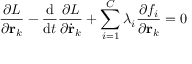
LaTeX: { \frac { \partial L } { \partial \mathbf { r } _ { k } } } - { \frac { \mathrm { d } } { \mathrm { d } t } } { \frac { \partial L } { \partial { \dot { \mathbf { r } } } _ { k } } } + \sum _ { i = 1 } ^ { C } \lambda _ { i } { \frac { \partial f _ { i } } { \partial \mathbf { r } _ { k } } } = 0